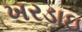
ખરડાઇ